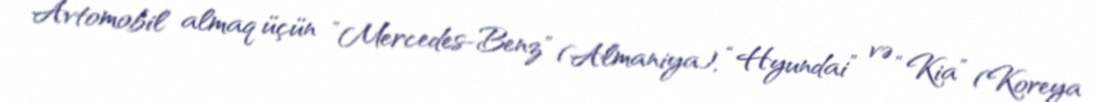
Avtomobil almaq üçün ”Mercedes-Benz" (Almaniya), “Hyundai” və “Kia” (Koreya